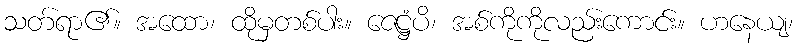
သတ်ရာ၏။ အထော၊ ထိုမှတစ်ပါး။ ဇေဋ္ဌံပိ၊ အစ်ကိုကိုလည်းကောင်း။ ဟနေယျ၊